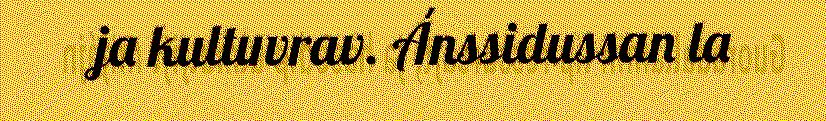
ja kultuvrav. Ánssidussan la